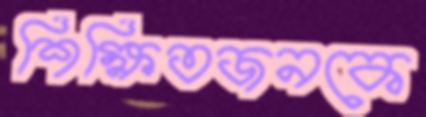
শিক্ষিতজনকে